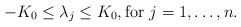
\begin{align*} -K_0\leq \lambda_j\leq K_0, \textrm{for } j=1, \ldots, n.\end{align*}